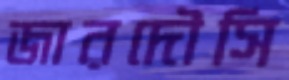
জারদৌসি